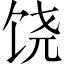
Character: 饶